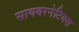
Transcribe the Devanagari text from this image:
सायबरनेटिक्स